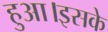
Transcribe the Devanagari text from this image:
हुआ।इसके